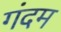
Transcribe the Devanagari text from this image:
गंदम